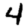
Digit: 4